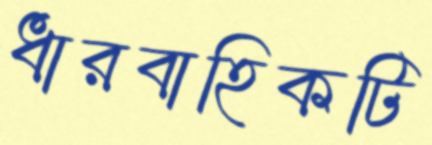
ধারবাহিকটি